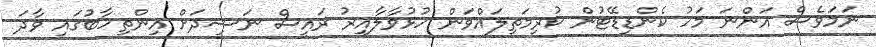
ނަމަވެސް އަންނަ މަހު ކެންޑިޑޭޓުން ކުރިމަތިލައްވަން ހުޅުވާލާއިރު ރައީސް ނަޝީދަށް އިންތިހާބުގައި ވާދަ